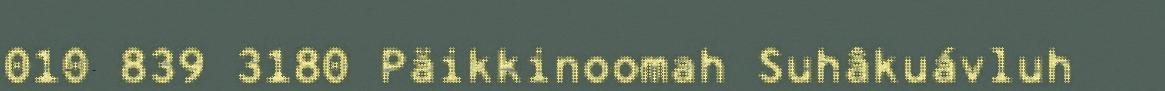
010 839 3180 Päikkinoomah Suhâkuávluh